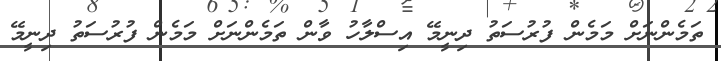
ތަމެންނަށް މަމެން ފުރުސަތު ދިނީމޭ އިސްލާހު ވާން ތަމެންނަށް މަމެން ފުރުސަތު ދިނީމޭ